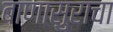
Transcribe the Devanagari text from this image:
बाणासुराचा